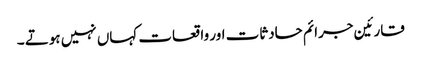
قارئین جرائم حادثات اور واقعات کہاں نہیں ہوتے ۔